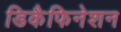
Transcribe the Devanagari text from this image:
डिकैफिनेशन